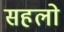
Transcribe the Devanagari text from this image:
सहलो